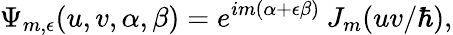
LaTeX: \Psi_{m,\epsilon}(u,v,\alpha,\beta)=e^{im(\alpha+\epsilon\beta)}\: J_{m}(uv/\hbar),